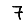
Digit: 7